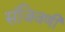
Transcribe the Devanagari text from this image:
संजिवणी